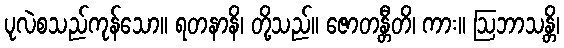
ပုလဲစသည်ကုန်သော။ ရတနာနိ၊ တို့သည်။ ဇောတန္တီတိ၊ ကား။ ဩဘာသန္တိ၊